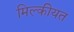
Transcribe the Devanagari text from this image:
मिल्कीयत